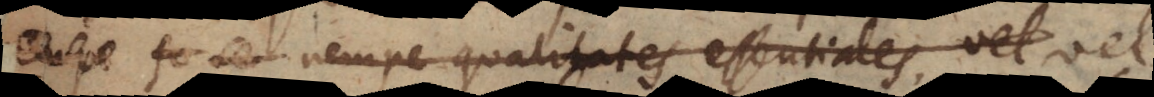
empe per se nempe qualitates essentiales, vel vel